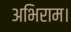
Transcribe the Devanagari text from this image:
अभिराम।